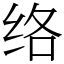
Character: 络